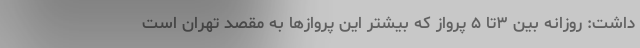
داشت: روزانه بین ۳تا ۵ پرواز که بیشتر این پروازها به مقصد تهران است